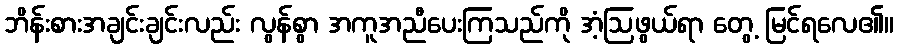
ဘိန်းစားအချင်းချင်းလည်း လွန်စွာ အကူအညီပေးကြသည်ကို အံ့ဩဖွယ်ရာ တွေ့ မြင်ရလေ၏။